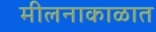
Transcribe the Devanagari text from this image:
मीलनाकाळात